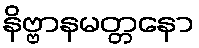
နိဗ္ဗာနမတ္တနော